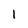
Character: 1